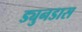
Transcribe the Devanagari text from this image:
ड्युनडास